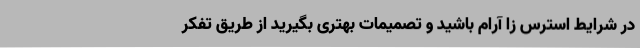
در شرایط استرس زا آرام باشید و تصمیمات بهتری بگیرید از طریق تفکر